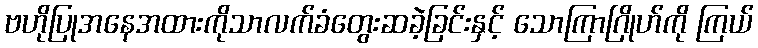
ဗဟိုပြုအနေအထားကိုသာလက်ခံတွေးဆခဲ့ခြင်းနှင့် သောကြာဂြိုဟ်ကို ကြယ်